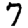
Digit: 7